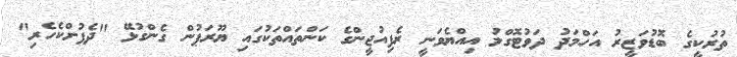
ތުރުކީގެ ބޮޑުވަޒީރު އަހްމަދު ދަވުޓޮގްލު އިއްޔެވަނީ ރެފިއުޖީންގެ ކަންތައްތަކުގައި ޔޫރަޕުން ގެންގުޅޭ "ދެފުށްކެހެރި"